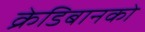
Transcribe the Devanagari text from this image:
क्रेडिबानको